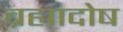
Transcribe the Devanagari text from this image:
ब्रह्मादोष